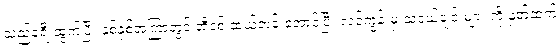
သည်ခရီးထွက်ပြီး နှစ်နှစ်အကြာတွင် အီဒစ် ဆယ်တန်းအောင်ပြီး လင်ကွန်းမှ သူငယ်ချင်းများ ကို နှုတ်ဆက်